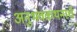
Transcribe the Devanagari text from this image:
अनुभवकथनाचे